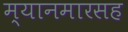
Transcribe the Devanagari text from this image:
म्यानमारसह